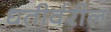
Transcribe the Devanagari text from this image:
धतीर्वरील